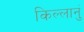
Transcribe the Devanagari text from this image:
किल्लानुं